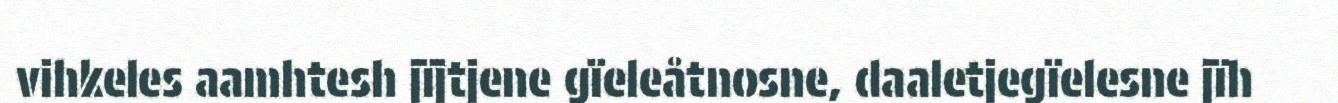
vihkeles aamhtesh jïjtjene gïeleåtnosne, daaletjegïelesne jïh